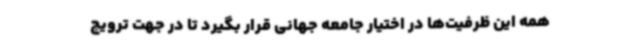
همه این ظرفیت‌ها در اختیار جامعه جهانی قرار بگیرد تا در جهت ترویج